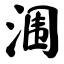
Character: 涠